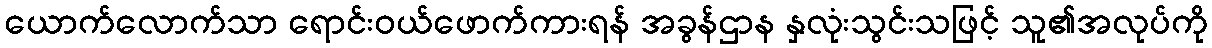
ယောက်လောက်သာ ရောင်းဝယ်ဖောက်ကားရန် အခွန်ဌာန နှလုံးသွင်းသဖြင့် သူ၏အလုပ်ကို